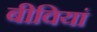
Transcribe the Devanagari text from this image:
बीवियां